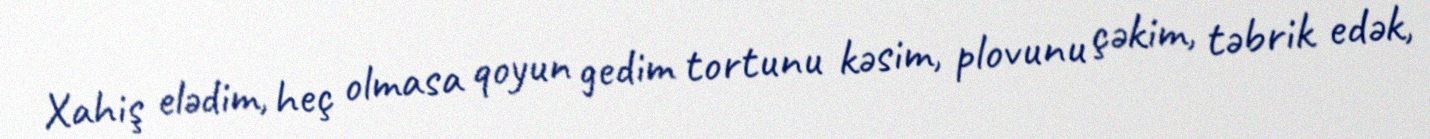
Xahiş elədim, heç olmasa qoyun gedim tortunu kəsim, plovunu çəkim, təbrik edək,